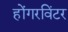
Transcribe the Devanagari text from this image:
होंगरविंटर